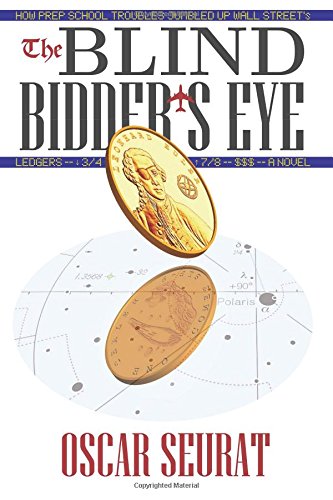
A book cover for The Blind Bidder's Eye: How Prep School Troubles Jumbled Up Wall Street's Ledgers; Oscar Seurat; Mystery, Thriller & Suspense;